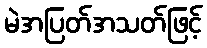
မဲအပြတ်အသတ်ဖြင့်